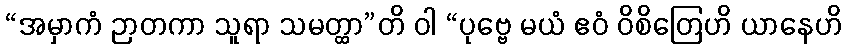
“အမှာကံ ဉာတကာ သူရာ သမတ္ထာ”တိ ဝါ “ပုဗ္ဗေ မယံ ဧဝံ ဝိစိတြေဟိ ယာနေဟိ